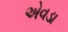
એવડા